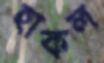
হাকল